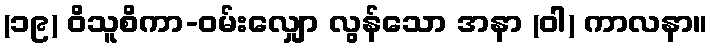
(၁၉) ဝိသူစိကာ-ဝမ်းလျှော လွန်သော အနာ (ဝါ) ကာလနာ။